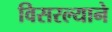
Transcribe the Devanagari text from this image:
विसरल्याने